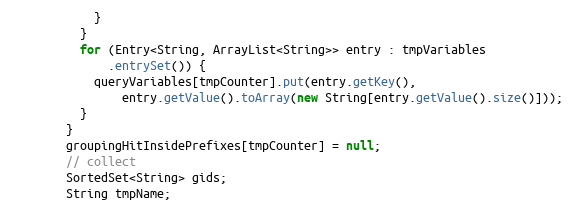
Language: Java
            }
          }
          for (Entry<String, ArrayList<String>> entry : tmpVariables
              .entrySet()) {
            queryVariables[tmpCounter].put(entry.getKey(),
                entry.getValue().toArray(new String[entry.getValue().size()]));
          }
        }
        groupingHitInsidePrefixes[tmpCounter] = null;
        // collect
        SortedSet<String> gids;
        String tmpName;